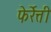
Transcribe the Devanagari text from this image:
फेर्रेत्ती